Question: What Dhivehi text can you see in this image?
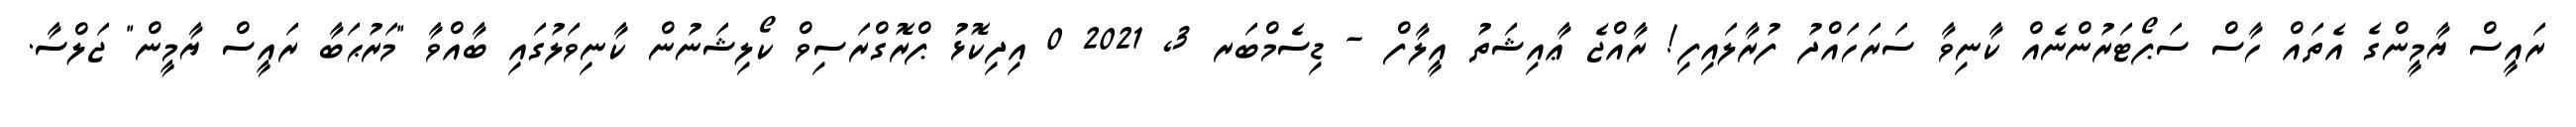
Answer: ރައީސް ޔާމީންގެ އެތައް ހާސް ސަޕޯޓަރުންނެއް ކާނިވާ ސަރަހައްދު ފުރާލައިފި! ރާއްޖެ ޢާއިޝަތު އީލާފް - ޑިސެމްބަރ 3, 2021 0 އިދިކޮޅު ޕްރޮގްރަސިވް ކޯލިޝަނުން ކާނިވަލުގައި ބާއްވާ "މަރުޙަބާ ރައީސް ޔާމީން" ޖަލްސާ.